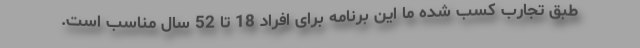
طبق تجارب کسب شده ما این برنامه برای افراد 18 تا 52 سال مناسب است.